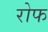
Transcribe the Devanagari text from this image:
रोफ